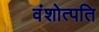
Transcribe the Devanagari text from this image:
वंशोत्पति